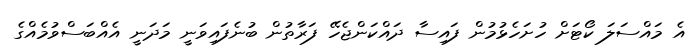
އެ މައްސަލަ ކޯޓަށް ހުށަހެޅުމުން ފައިސާ ދައްކަންޖެހޭ ފަރާތުން ބުނެފައިވަނީ މަދަނީ އެއްބަސްވުމެއްގެ